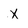
Character: X